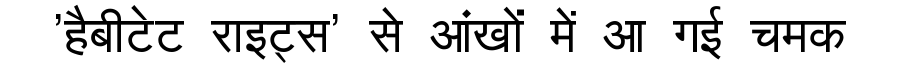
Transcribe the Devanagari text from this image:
'हैबीटेट राइट्स' से आंखों में आ गई चमक